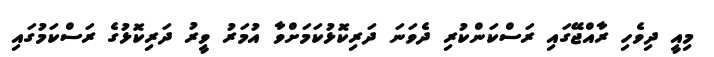
މިއީ ދިވެހި ރާއްޖޭގައި ރަސްކަންކުރި ދެވަނަ ދަރިކޮޅުކަމަށްވާ އުމަރު ވީރު ދަރިކޮޅުގެ ރަސްކަމުގައި